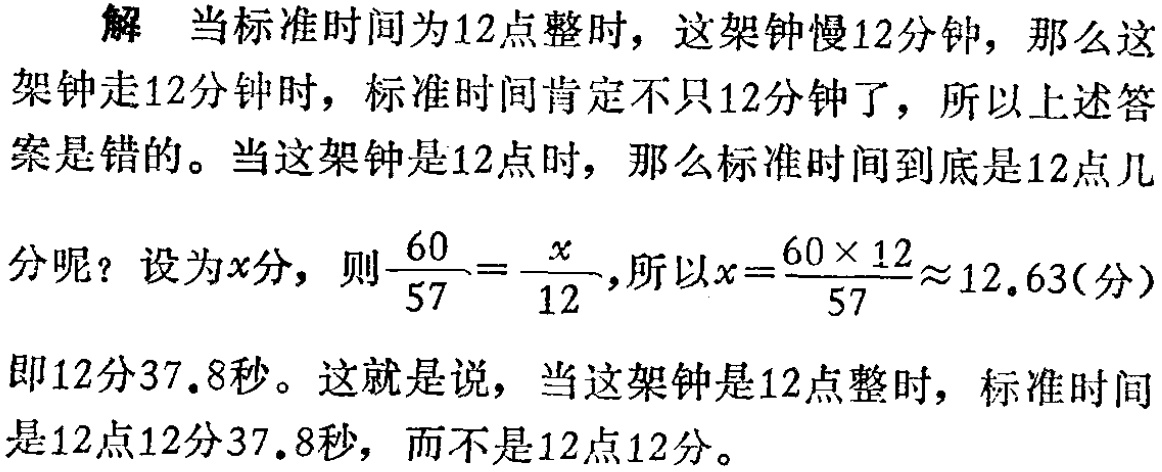
解 当标准时间为12点整时，这架钟慢12分钟，那么这架钟走12分钟时，标准时间肯定不只12分钟了，所以上述答案是错的。当这架钟是12点时，那么标准时间到底是12点几分呢？设为\(x\)分，则\(\frac{60}{57}=\frac{x}{12}\)，所以\(x = \frac{60\times12}{57}\approx12.63\)（分）即12分37.8秒。这就是说，当这架钟是12点整时，标准时间是12点12分37.8秒，而不是12点12分。